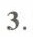
3.